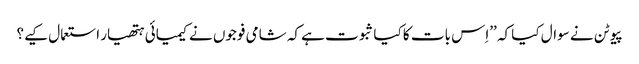
پیوٹن نے سوال کیا کہ ’’اِس بات کا کیا ثبوت ہے کہ شامی فوجوں نے کیمیائی ہتھیار استعمال کیے؟